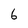
Character: 6